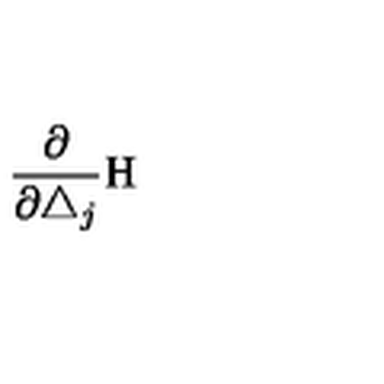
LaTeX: \frac \partial { \partial \triangle _ { j } } \mathrm { H }